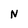
Character: N